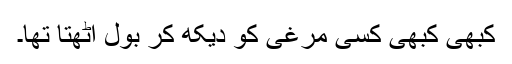
کبھی کبھی کسی مُرغی کو دیکھ کر بول اُٹھتا تھا۔